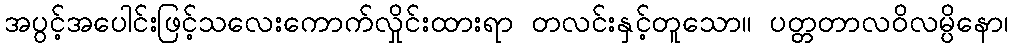
အပွင့်အပေါင်းဖြင့်သလေးကောက်လှိုင်းထားရာ တလင်းနှင့်တူသော။ ပတ္တတာလဝိလမ္ပိနော၊